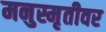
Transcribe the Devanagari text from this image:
मनुस्मृतीवर